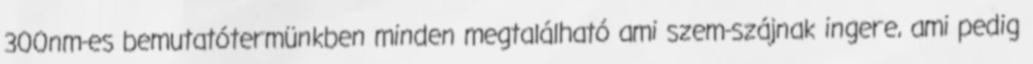
300nm-es bemutatótermünkben minden megtalálható ami szem-szájnak ingere, ami pedig